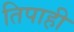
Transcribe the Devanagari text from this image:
तिपाही